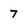
Character: 7